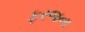
ફરજના